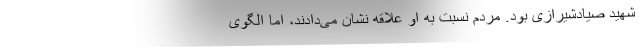
شهید صیادشیرازی بود. مردم نسبت به او علاقه نشان می‌دادند، اما الگوی